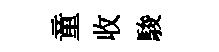
童收駿